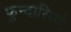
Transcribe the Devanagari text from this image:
फुन्दासियो